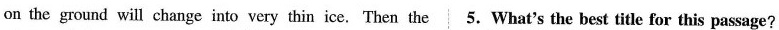
on the ground will change into very thin ice. Then the 5.What's the best title for this passage?